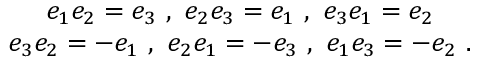
\begin{array} { c } { { e _ { 1 } e _ { 2 } = e _ { 3 } \ , \ e _ { 2 } e _ { 3 } = e _ { 1 } \ , \ e _ { 3 } e _ { 1 } = e _ { 2 } } } \\ { { e _ { 3 } e _ { 2 } = - e _ { 1 } \ , \ e _ { 2 } e _ { 1 } = - e _ { 3 } \ , \ e _ { 1 } e _ { 3 } = - e _ { 2 } \ . } } \end{array}